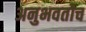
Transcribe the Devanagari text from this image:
अनुभवतोच